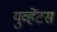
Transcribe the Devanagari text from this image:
युव्हेंटस